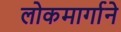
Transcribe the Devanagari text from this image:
लोकमार्गाने